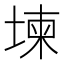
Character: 堜